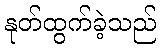
နုတ်ထွက်ခဲ့သည်